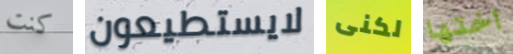
كنت لايستطيعون لكنى اختها